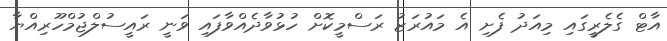
އާޓް ގެލެރީގައި މިއަދު ފެށި އެ މައުރަޒު ރަސްމީކޮށް ހުޅުވާދެއްވާފައި ވަނީ ރައީސުލްޖުމްހޫރިއްޔާ